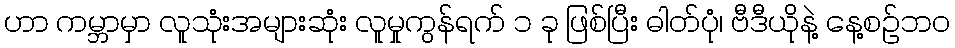
ဟာ ကမ္ဘာမှာ လူသုံးအများဆုံး လူမှုကွန်ရက် ၁ ခု ဖြစ်ပြီး ဓါတ်ပုံ၊ ဗီဒီယိုနဲ့ နေ့စဉ်ဘဝ